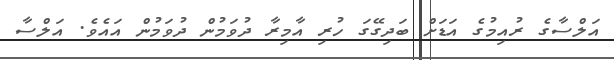
އަލްސާގެ ރުއިމުގެ އަޑަށް ބަދިގޭގަ ހުރި އާމިރާ ދުވަމުން ދުވަމުން އައެވެ. އަލްސާ